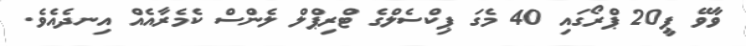
ވާވޭ ޕީ20 ޕްރޯގައި 40 މެގަ ޕިކްސެލްގެ ޓްރިޕްލް ލެންސް ކެމެރާއެއް އިނދެއެވެ.